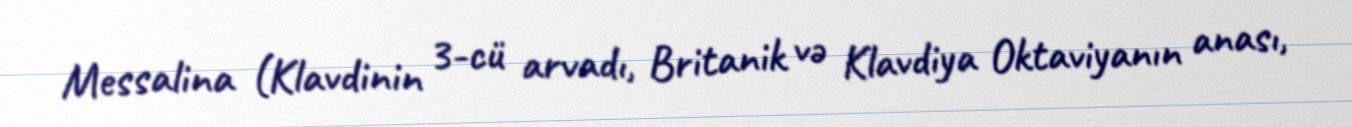
Messalina (Klavdinin 3-cü arvadı, Britanik və Klavdiya Oktaviyanın anası,